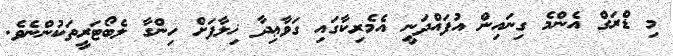
މި ޑްރަގް އެންމެ ގިނައިން އުފައްދަނީ އެމެރިކާގައި ގަވާޢިދާ ޚިލާފަށް ހިންގާ ލެބޯޓަރީތަކުންނެވެ.